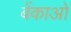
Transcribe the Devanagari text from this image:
बेंकाओ